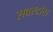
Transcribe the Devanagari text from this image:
सबस्टांस